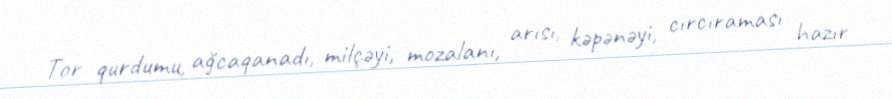
Tor qurdumu, ağcaqanadı, milçəyi, mozalanı, arısı, kəpənəyi, cırcıraması hazır